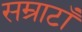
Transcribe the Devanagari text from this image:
सम्राटाँ